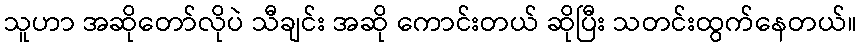
သူဟာ အဆိုတော်လိုပဲ သီချင်း အဆို ကောင်းတယ် ဆိုပြီး သတင်းထွက်နေတယ်။